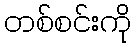
တစ်စင်းကို